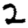
Digit: 2